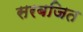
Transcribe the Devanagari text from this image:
सरबजित